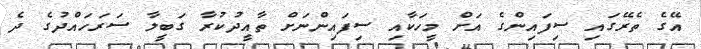
އޭގެ ތެރޭގައި ސިފައިންގެ އަށް މީހަކާއި ސިފައިންނަށް ތާއީދުކުރާ ގަބީލާ ސަރަހައްދުގެ ދެ